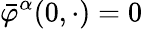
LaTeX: \bar{\varphi}^{\alpha}(0,\cdot)=0